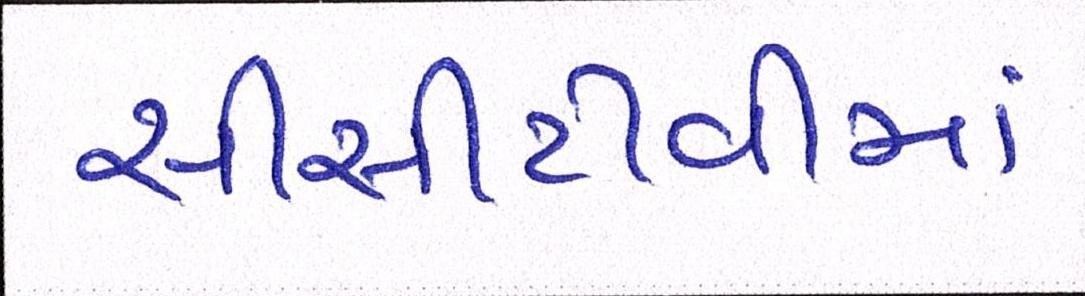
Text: સીસીટીવીમાં